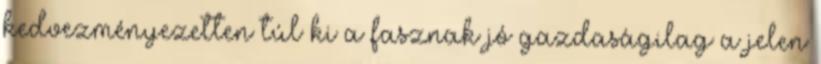
kedvezményezetten túl ki a fasznak jó gazdaságilag a jelen